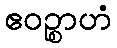
ဧဝဉ္စာဟံ